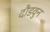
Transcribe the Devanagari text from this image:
दौडवुन